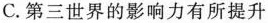
C.第三世界的影响力有所提升